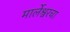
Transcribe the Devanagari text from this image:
मार्लेश्वरचा